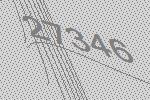
27346